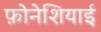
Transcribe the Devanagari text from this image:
फ़ोनेशियाई